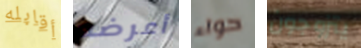
أقابله أعرضه حواء يتزوجون